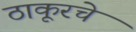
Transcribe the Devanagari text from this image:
ठाकूरचे